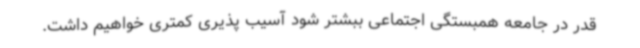
قدر در جامعه همبستگی اجتماعی ببشتر شود آسیب پذیری کمتری خواهیم داشت.